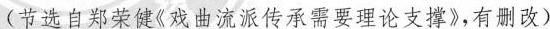
(节选自郑荣健《戏曲流派传承需要理论支撑》，有删改)